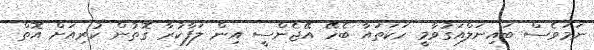
ނަމަވެސް ބައިނަލްއަގުވާމީ ހަކަތައާ ބެހޭ އޭޖެންސީ އިން ލަފާކުރާ ގޮތުން ކުރިއަށް އޮތް